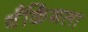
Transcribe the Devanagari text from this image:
बँकिंगला